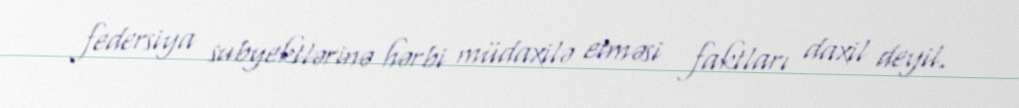
federsiya subyektlərinə hərbi müdaxilə etməsi faktları daxil deyil.